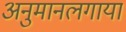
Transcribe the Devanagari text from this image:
अनुमानलगाया